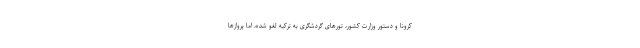
کرونا و دستور وزارت کشور، تورهای گردشگری به ترکیه لغو شده، اما پروازها